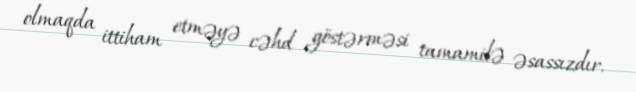
olmaqda ittiham etməyə cəhd göstərməsi tamamilə əsassızdır.